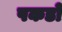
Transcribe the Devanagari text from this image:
पकडो